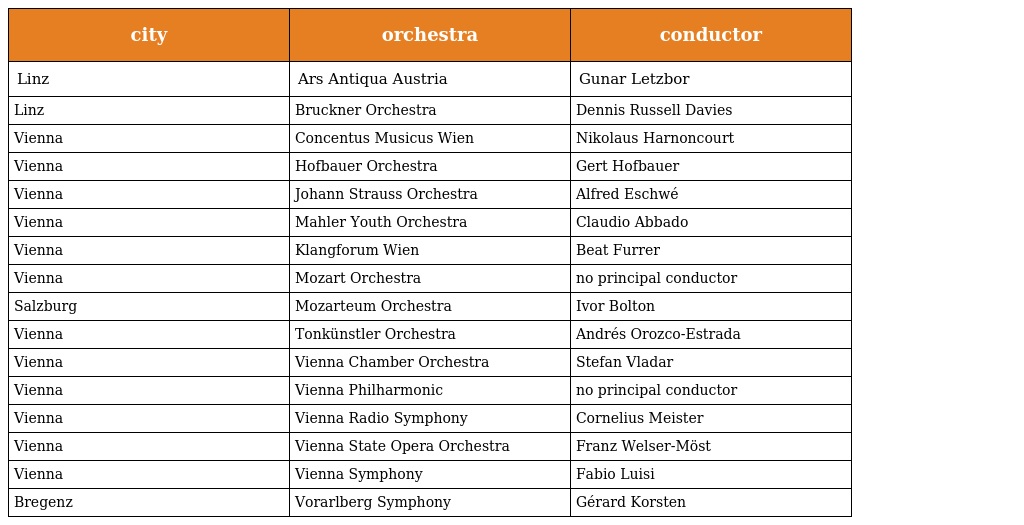
| city | orchestra | conductor |
 | --- | --- | --- |
 | Linz | Ars Antiqua Austria | Gunar Letzbor |
 | Linz | Bruckner Orchestra | Dennis Russell Davies |
 | Vienna | Concentus Musicus Wien | Nikolaus Harnoncourt |
 | Vienna | Hofbauer Orchestra | Gert Hofbauer |
 | Vienna | Johann Strauss Orchestra | Alfred Eschwé |
 | Vienna | Mahler Youth Orchestra | Claudio Abbado |
 | Vienna | Klangforum Wien | Beat Furrer |
 | Vienna | Mozart Orchestra | no principal conductor |
 | Salzburg | Mozarteum Orchestra | Ivor Bolton |
 | Vienna | Tonkünstler Orchestra | Andrés Orozco-Estrada |
 | Vienna | Vienna Chamber Orchestra | Stefan Vladar |
 | Vienna | Vienna Philharmonic | no principal conductor |
 | Vienna | Vienna Radio Symphony | Cornelius Meister |
 | Vienna | Vienna State Opera Orchestra | Franz Welser-Möst |
 | Vienna | Vienna Symphony | Fabio Luisi |
 | Bregenz | Vorarlberg Symphony | Gérard Korsten |